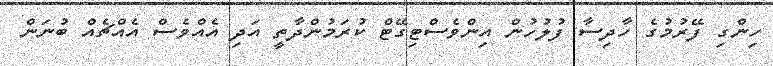
ހިންގި ފޭރުމުގެ ހާދިސާ ފުލުހުން އިންވެސްޓިގޭޓް ކުރަމުންދާތީ އަދި އެއްވެސް އެއްޗެއް ބުނަން